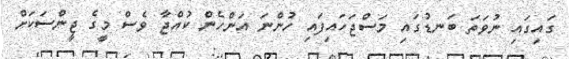
ގައިގައި ނުވަތަ ބަނޑުގައި މަސްޖަހައިފައި ހުންނަ އަންހެން ކުއްޖާ ވެސް މީގެ ޖީންސަކަށް